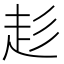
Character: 𮚳